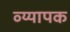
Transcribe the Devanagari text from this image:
व्य्यापक